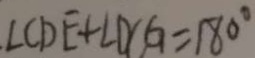
\angle C D E + \angle D C G = 1 8 0 ^ { \circ }